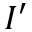
I ^ { \prime }